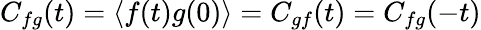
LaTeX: C_{fg}(t)=\left\langle f(t)g(0)\right\rangle=C_{gf}(t)=C_{fg}(-t)